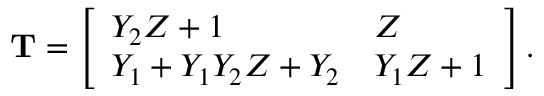
\begin{array} { r } { \mathbf { T } = \left[ \begin{array} { l l } { Y _ { 2 } Z + 1 } & { Z } \\ { Y _ { 1 } + Y _ { 1 } Y _ { 2 } Z + Y _ { 2 } } & { Y _ { 1 } Z + 1 } \end{array} \right] . } \end{array}